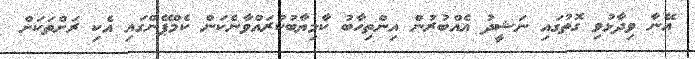
އޭނާ ވިދާޅުވި ގޮތުގައި ނަޝީދު އެއްބުރުން އިންތިހާބު ކާމިޔާބުކުރައްވާނެކަން ކެމްޕޭންގައި އެކި ރަށްތަކަށް